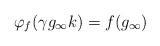
LaTeX: \begin{align*}\varphi_{f}(\gamma g_{\infty}k)= f(g_{\infty})\end{align*}